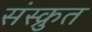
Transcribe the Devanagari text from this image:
संस्क्रुत